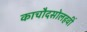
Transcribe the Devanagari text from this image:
काचौदसोलहवीं